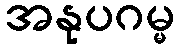
အနုပဂမ္မ